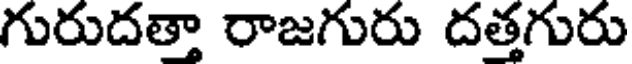
గురుదతా రాజగురు దత్తగురు